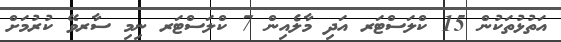
އަތުޅުތަކުން 15 ކްލަސްޓަރ އަދި މާލެއިން 7 ކްލަސްޓަރ ނިމި ސާރވޭ ކުރުމަށް